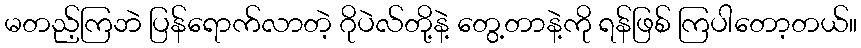
မတည့်ကြဘဲ ပြန်ရောက်လာတဲ့ ဂိုပဲလ်တို့နဲ့ တွေ့တာနဲ့ကို ရန်ဖြစ် ကြပါတော့တယ်။